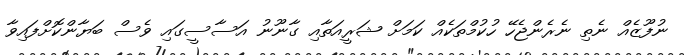
ނުފޫޒެއް ނެތި ނެރެންޖެހޭ ހުކުމްތަކެއް ކަމަށް ޝަރީއަތާއި ގާނޫނު އަސާސީގައި ވެސް ބަޔާންކޮށްފައިވާ